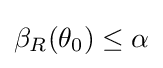
\beta _{R}(\theta _{0})\leq \alpha